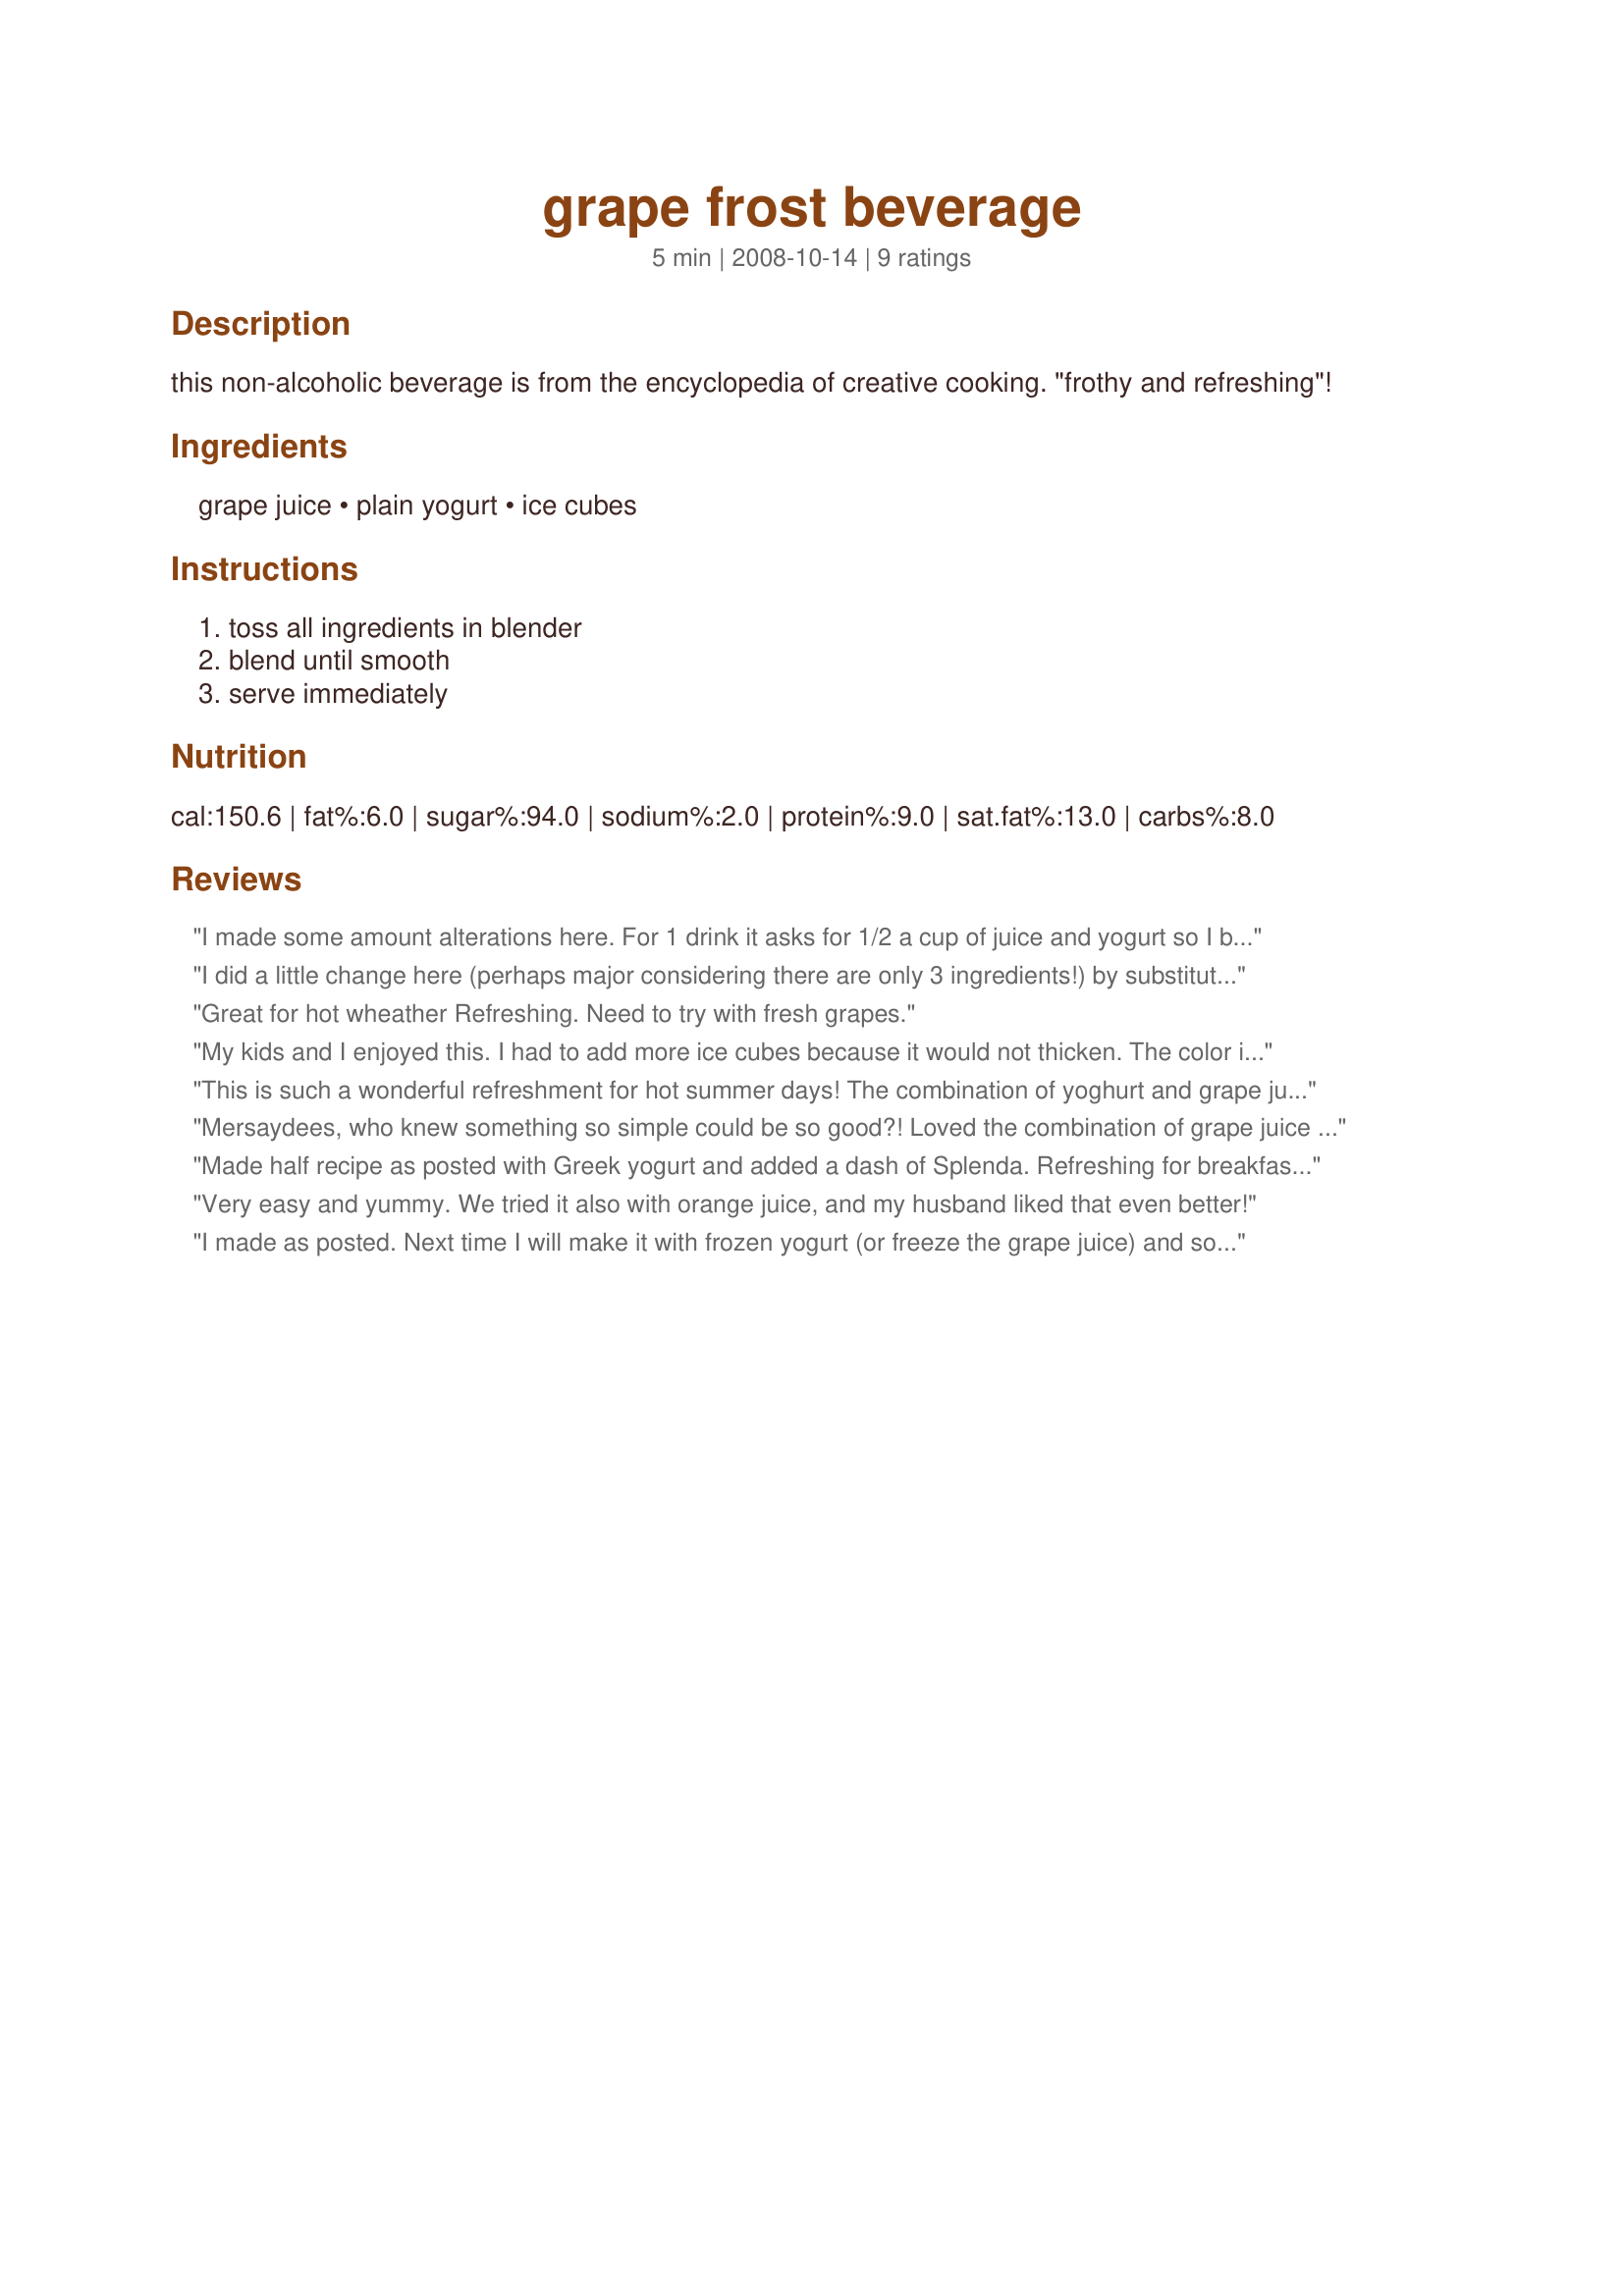
grape frost beverage
Preparation time: 5 minutes

this non-alcoholic beverage is from the encyclopedia of creative cooking. "frothy and refreshing"!

Ingredients:
grape juice, plain yogurt, ice cubes

Steps:
toss all ingredients in blender, blend until smooth, serve immediately

Reviews:
I made some amount alterations here. For 1 drink it asks for 1/2 a cup of juice and yogurt so I blended those two and tasted. Even with the sweetness of the grape juice it was more tart than I had expected so I added another 1/4 cup of grape juice and the ice and a tsp of Splenda. That was the right level for me. This is a lovely soft lavender color even with the concord juice. It's done in no time and with a bit of whipped topping it looks like Spring. Tastes as lovely as it looks. Made for Photo Tag.
I did a little change here (perhaps major considering there are only 3 ingredients!) by substituting frozen yogure for the plain yogure & elminating the ice cubes! Made for a very thick, most enjoyable drink! [Tagged, made & reviewed for one of my Vegetarian groupmades in the Vegetarian/Vegan Recipe Swap 5]
Great for hot wheather
Refreshing. Need to try with fresh grapes.
My kids and I enjoyed this. I had to add more ice cubes because it would not thicken. The color is great, though. Thank you for posting. Made for Beverage Tag.
This is such a wonderful refreshment for hot summer days! The combination of yoghurt and grape juice is so yummy! Thanks so much for sharing this lovely recipe with us, Mersaydees! I will surely make it often again, cause its so tasty and handy for breakkie on a work day when you dont have much time.
Made and reviewed for Veg 'n' Swap #10-Team Carrot.
Mersaydees, who knew something so simple could be so good?! Loved the combination of grape juice and yogurt. I used an entire cup of ice cubes, btw, but you could also use a frozen banana. Thanks for sharing this quick and easy recipe!
Made half recipe as posted with Greek yogurt and added a dash of Splenda. Refreshing for breakfast! Thanks for sharing mersaydees. Made for Pick A Chef Spring 2011.
Very easy and yummy. We tried it also with orange juice, and my husband liked that even better!
I made as posted. Next time I will make it with frozen yogurt (or freeze the grape juice) and some chilled red seedless grapes. I also would add a tablespoon of honey to it. Make sure you use the purple grape juice or the color will be white. Thanks mersaydees for sharing. Made for Veggie Swap.
